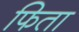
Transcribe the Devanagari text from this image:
फिता